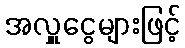
အလှူငွေများဖြင့်